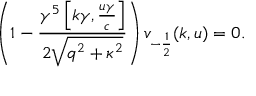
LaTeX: \left( 1 - \frac { \gamma ^ { 5 } \left[ k \gamma , \frac { u \gamma } { c } \right] } { 2 \sqrt { q ^ { 2 } + \kappa ^ { 2 } } } \right) v _ { - \frac { 1 } { 2 } } ( k , u ) = 0 .